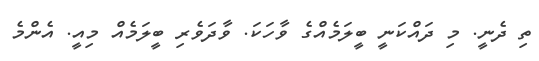
ތި ދެނީ. މި ދައްކަނީ ބީލަމެއްގެ ވާހަކަ. ވާދަވެރި ބީލަމެއް މިއީ. އެންމެ